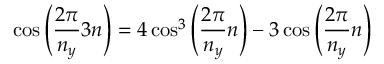
\cos \left( \frac { 2 \pi } { n _ { y } } 3 n \right) = 4 \cos ^ { 3 } \left( \frac { 2 \pi } { n _ { y } } n \right) - 3 \cos \left( \frac { 2 \pi } { n _ { y } } n \right)